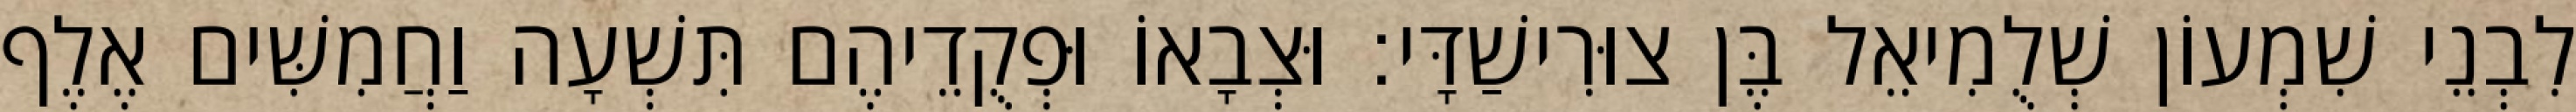
לִבְנֵי שִׁמְעוֹן שְׁלֻמִיאֵל בֶּן צוּרִישַׁדָּי׃ וּצְבָאוֹ וּפְקֻדֵיהֶם תִּשְׁעָה וַחֲמִשִּׁים אֶלֶף